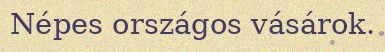
Népes országos vásárok.